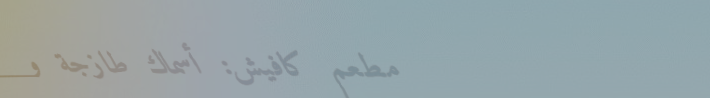
مطعم كافيش: أسماك طازجة و